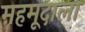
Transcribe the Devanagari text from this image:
महमूदाला